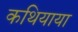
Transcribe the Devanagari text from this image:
कथियाया